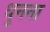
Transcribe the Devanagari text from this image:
धुनना